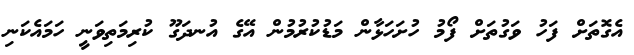
އެގޮތަށް ފަހު ވަގުތަށް ފޯމު ހުށަހަޅާން މަޑުކުރުމުން އޭގެ އުނދަގޫ ކުރިމަތިވަނީ ހަމައެކަނި